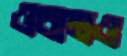
ওবামও